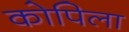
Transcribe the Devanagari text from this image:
कोपिला